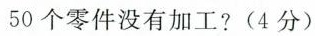
50个零件没有加工?(4分)